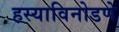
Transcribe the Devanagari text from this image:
हस्याविनोडणे